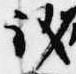
議